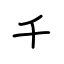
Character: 千